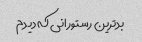
بدترین رستورانی که دیدم